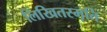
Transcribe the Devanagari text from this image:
लिखितस्मृति